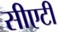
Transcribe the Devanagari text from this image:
सीएटी